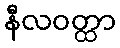
နီလဝတ္ထာ